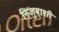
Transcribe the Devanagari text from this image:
निजुबाशी